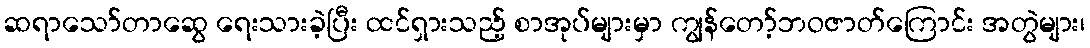
ဆရာသော်တာဆွေ ရေးသားခဲ့ပြီး ထင်ရှားသည့် စာအုပ်များမှာ ကျွန်တော့်ဘဝဇာတ်ကြောင်း အတွဲများ၊